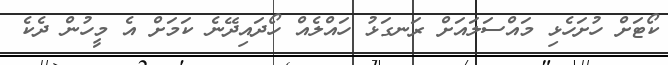
ކޯޓަށް ހުށަހެޅި މައްސަލައަށް ރަނގަޅު ހައްލެއް ހޯދައިދޭނެ ކަމަށް އެ މީހުން ދެކެ